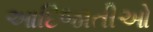
આદિજાતીઓ